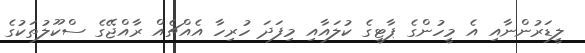
ލީޑަރުންނާއި އެ މީހުންގެ ޕާޓީގެ ކުލައާއި މިފަދަ ހުރިހާ އެއްޗެއް ރާއްޖޭގެ ސްކޫލުތަކުގެ